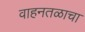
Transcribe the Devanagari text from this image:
वाहनतळाचा